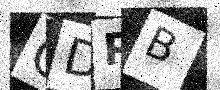
Text: QDPB